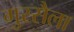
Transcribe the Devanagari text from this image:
गुस्सैला